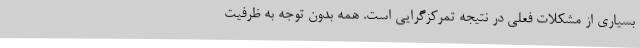
بسیاری از مشکلات فعلی در نتیجه تمرکزگرایی است. همه بدون توجه به ظرفیت